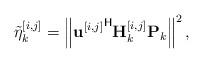
LaTeX: \begin{align*}\tilde{\eta}^{[i,j]}_{k} &= \left\|{\mathbf{u}^{[i,j]}}^{\mathsf{H}}\mathbf{H}_{k}^{[i,j]}\mathbf{P}_k \right\|^2,\end{align*}